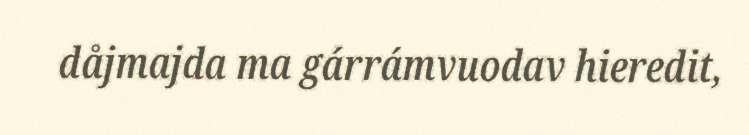
dåjmajda ma gárrámvuodav hieredit,